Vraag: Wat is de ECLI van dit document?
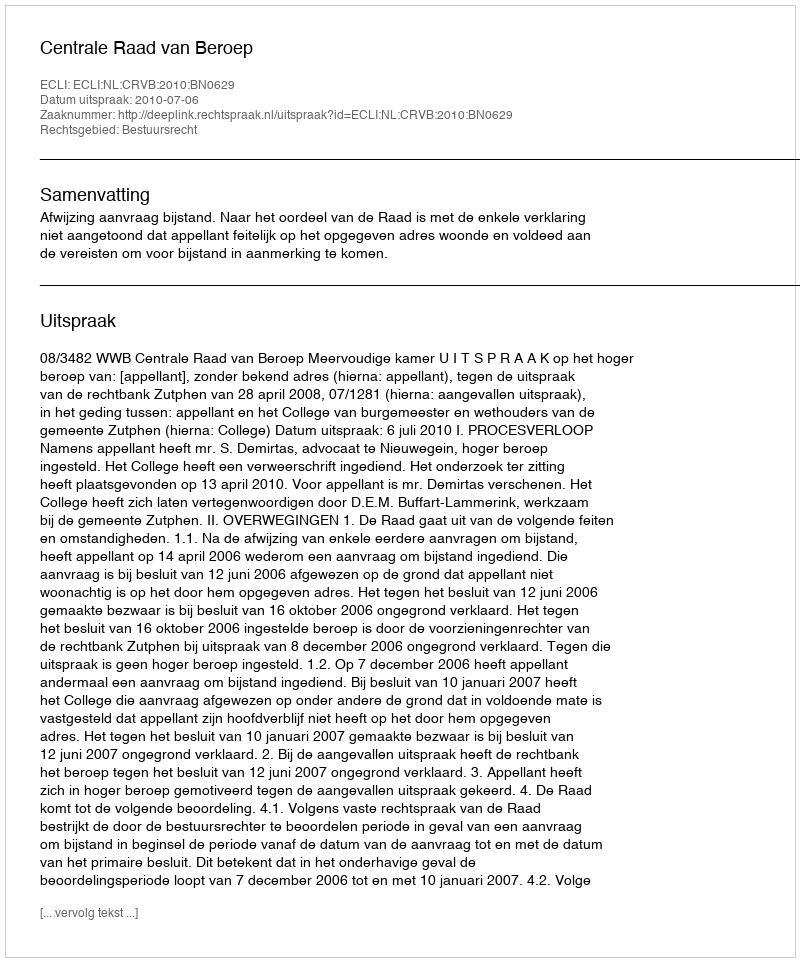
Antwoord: ECLI:NL:CRVB:2010:BN0629